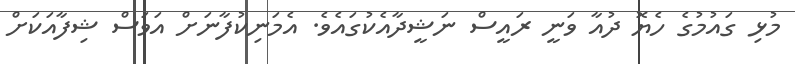
މުޅި ގައުމުގެ ހެޔޮ ދުއާ ވަނީ ރައީސް ނަޝީދާއެކުގައެވެ. އެމަނިކުފާނަށް އަވަސް ޝިފާއަކަށް